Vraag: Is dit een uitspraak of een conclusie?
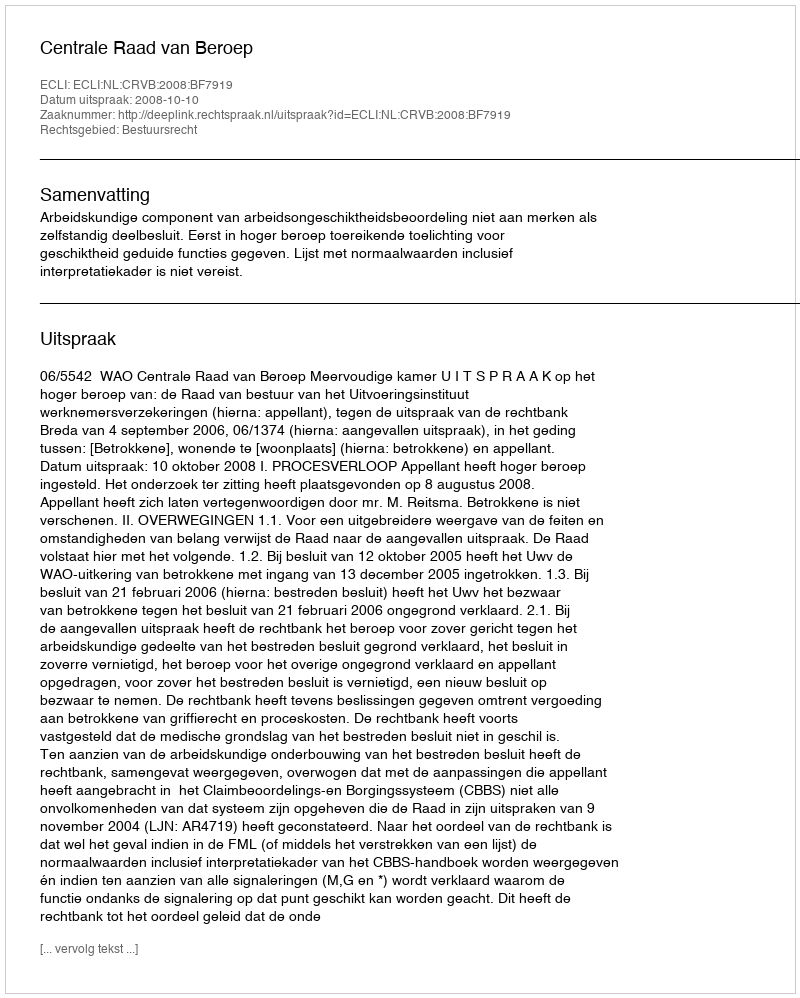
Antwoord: Uitspraak